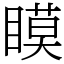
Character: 瞙